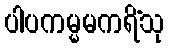
ပါပကမ္မမကရိံသု